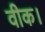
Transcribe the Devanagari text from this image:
वीक।